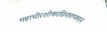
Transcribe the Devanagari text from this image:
महाघोरशोकाग्निनातप्यमानं